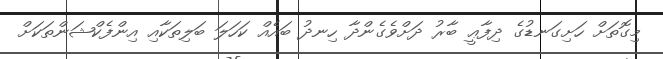
މިގޮތަށް ހަށިގަނޑުގެ ދިފާޢީ ބާރު ދަށްވެގެންދާ ހިނދު ބައެއް ކަހަލަ ބަލިތަކާއި އިންފެކްޝަންތަކަށް